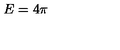
E = 4 \pi